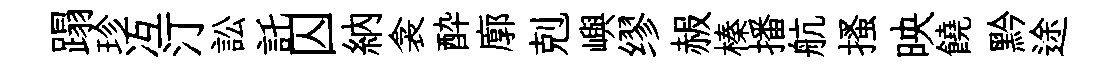
蹋珍冱汀訟託囚納衾酔廓剋嶼缪赧榛播航搔映饒黔途